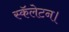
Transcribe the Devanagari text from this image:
स्कॅलेटन।